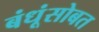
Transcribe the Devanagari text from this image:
बंधूंसोबत